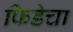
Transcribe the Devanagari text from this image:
फिडेचा